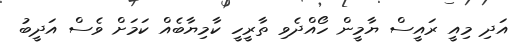
އަދި މިއީ ރައީސް ޔާމީން ހޯއްދެވި ތާރީހީ ކާމިޔާބެއް ކަމަށް ވެސް އަދީބު